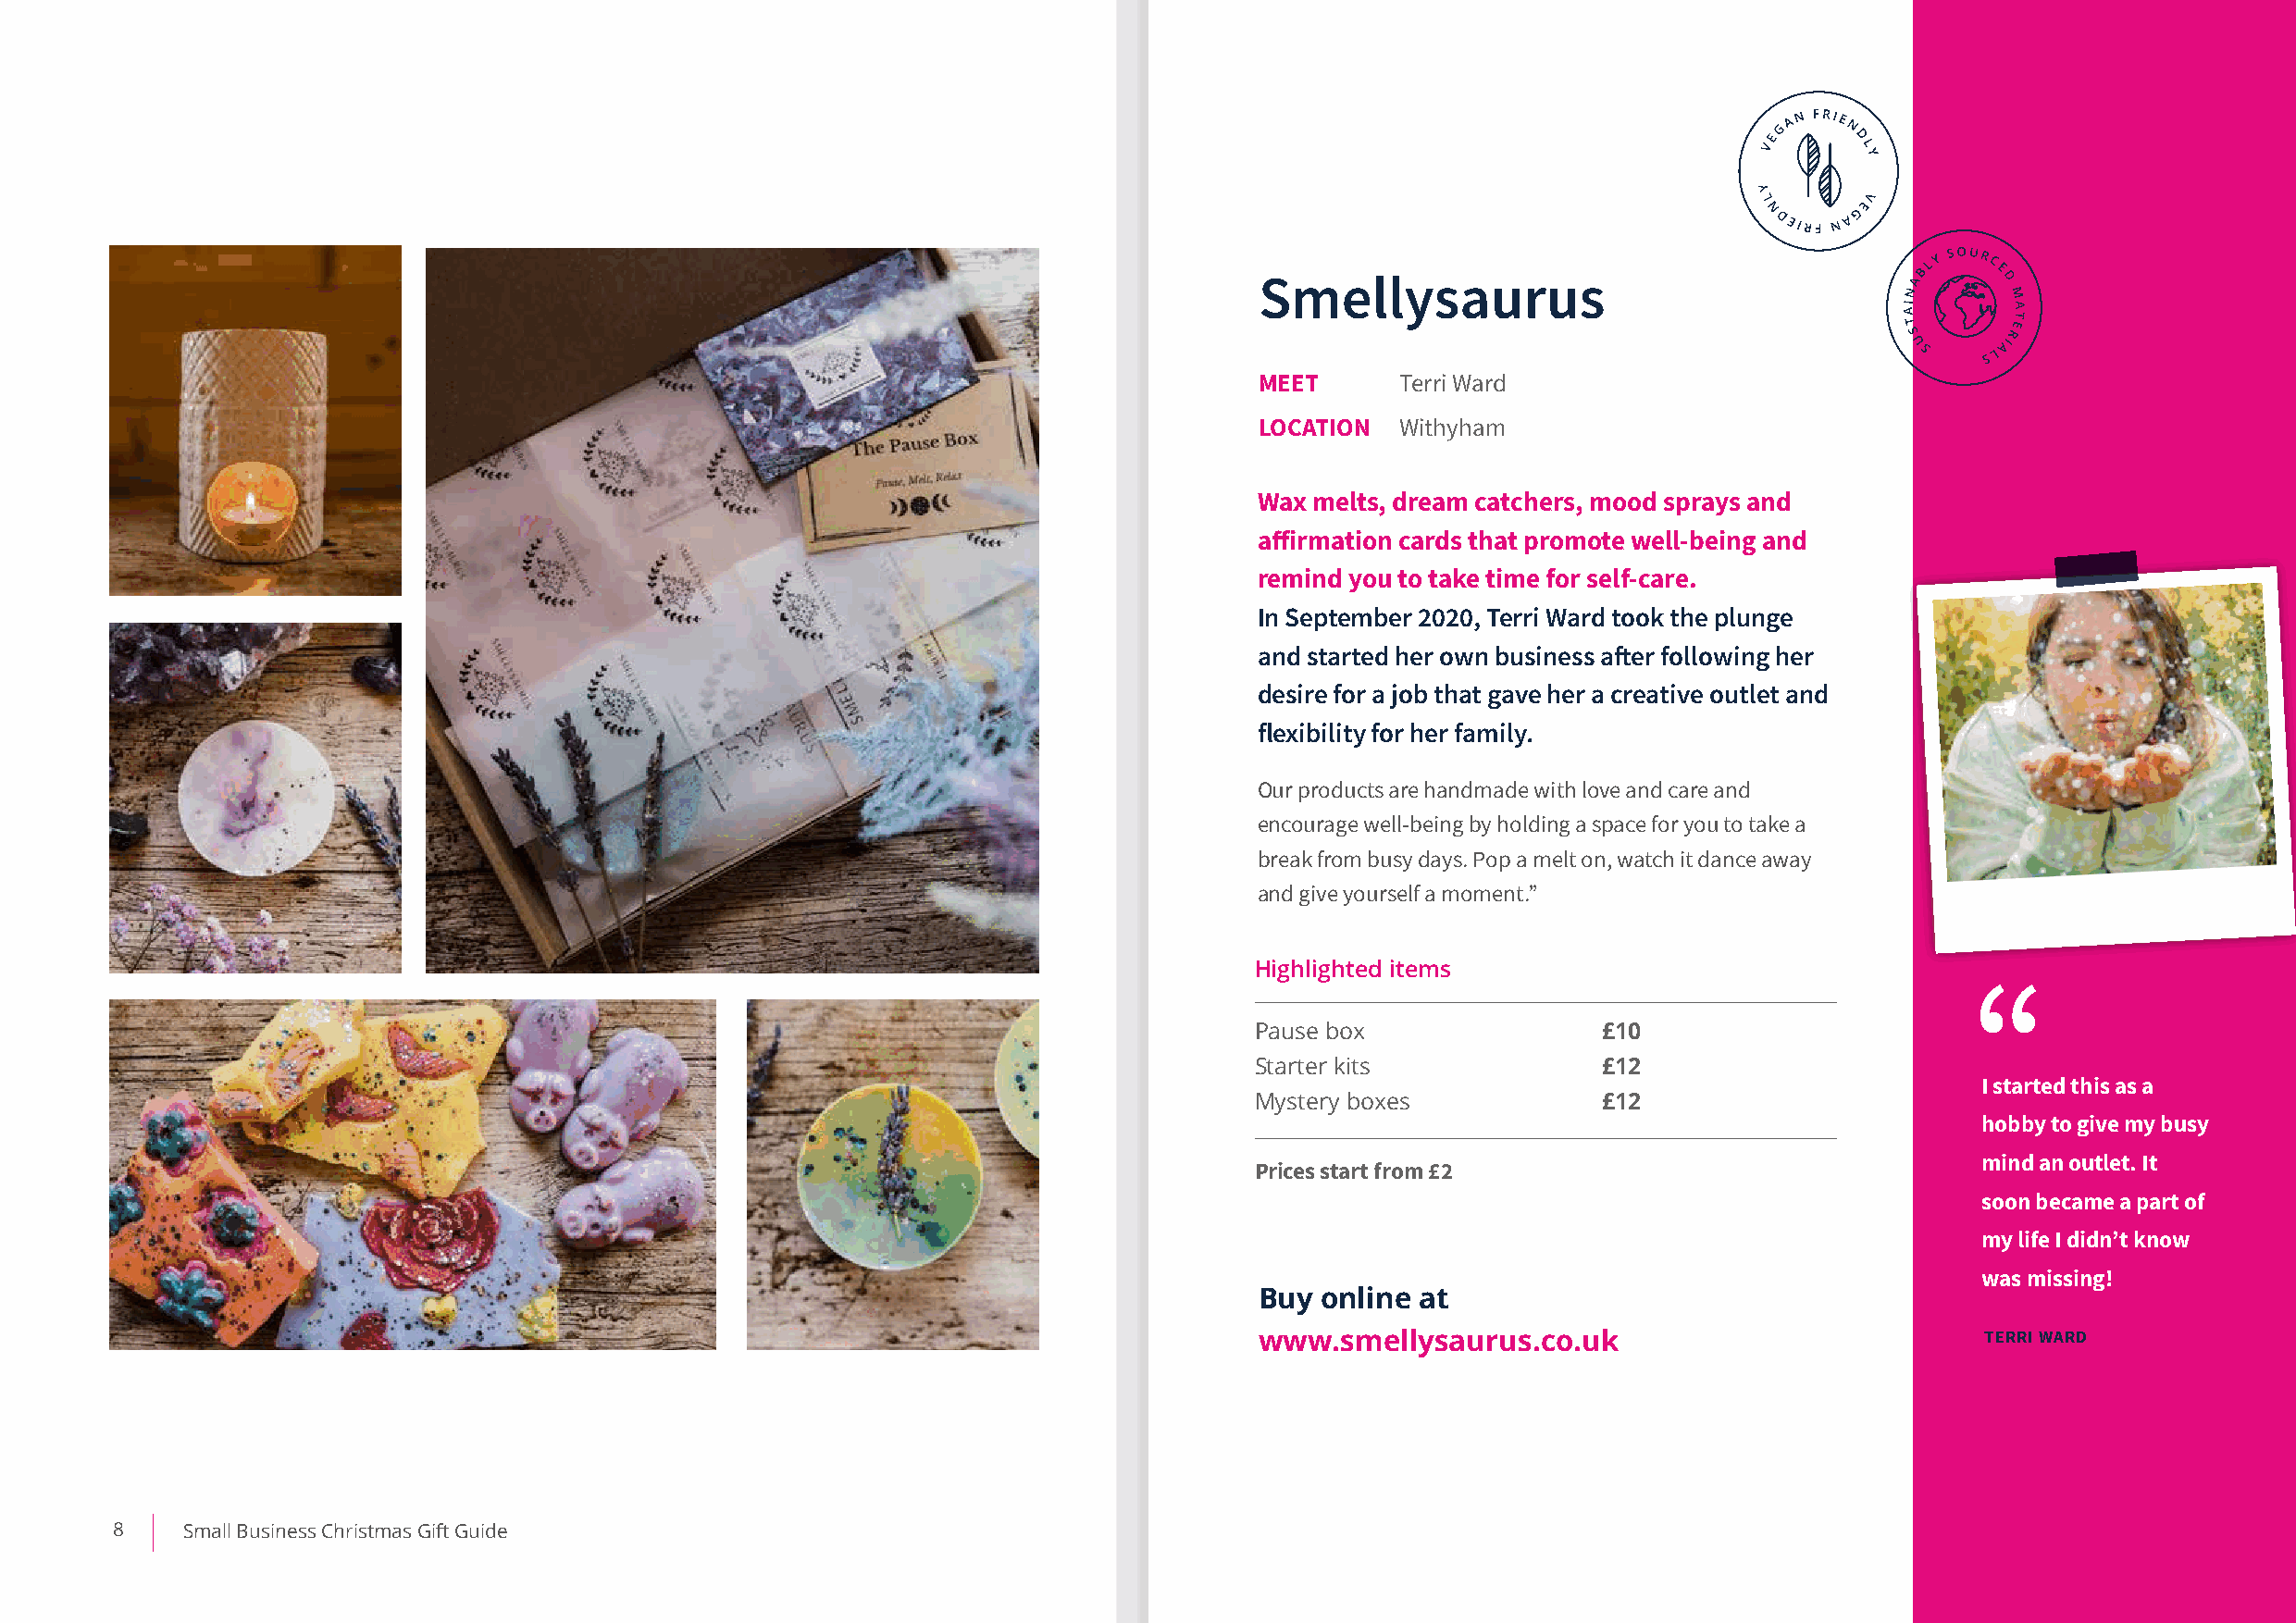
Smellysaurus
 MEET      Terri Ward
 LOCATION  Withyham
 Wax melts, dream catchers, mood sprays and
 affirmation cards that promote well-being and
 remind you to take time for self-care.
 In September 2020, Terri Ward took the plunge
 and started her own business after following her
 desire for a job that gave her a creative outlet and
 flexibility for her family.
 Our products are handmade with love and care and
 encourage well-being by holding a space for you to take a
 break from busy days. Pop a melt on, watch it dance away
 and give yourself a moment.”
 Highlighted items
 Pause box                £10
 Starter kits             £12
 I started this as a
 Mystery boxes            £12
 hobby to give my busy
 mind an outlet. It
 Prices start from £2
 soon became a part of
 my life I didn’t know
 was missing!
 Buy online  at
 www.smellysaurus.co.uk                              TERRI WARD
 8    Small Business Christmas Gift Guide